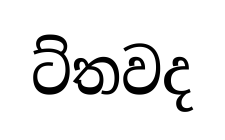
ට්තවද